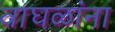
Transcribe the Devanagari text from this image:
वाघळांना